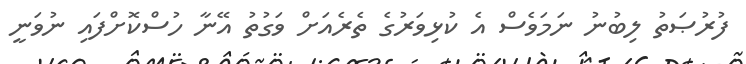
ފުރުޞަތު ލިބުނު ނަމަވެސް އެ ކުޅިވަރުގެ ތެރެއަށް ވަގުތު އޭނާ ހުސްކޮށްފައި ނުވަނީ